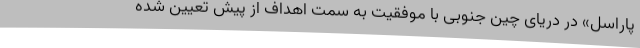
پاراسل» در دریای چین جنوبی با موفقیت به سمت اهداف از پیش تعیین شده